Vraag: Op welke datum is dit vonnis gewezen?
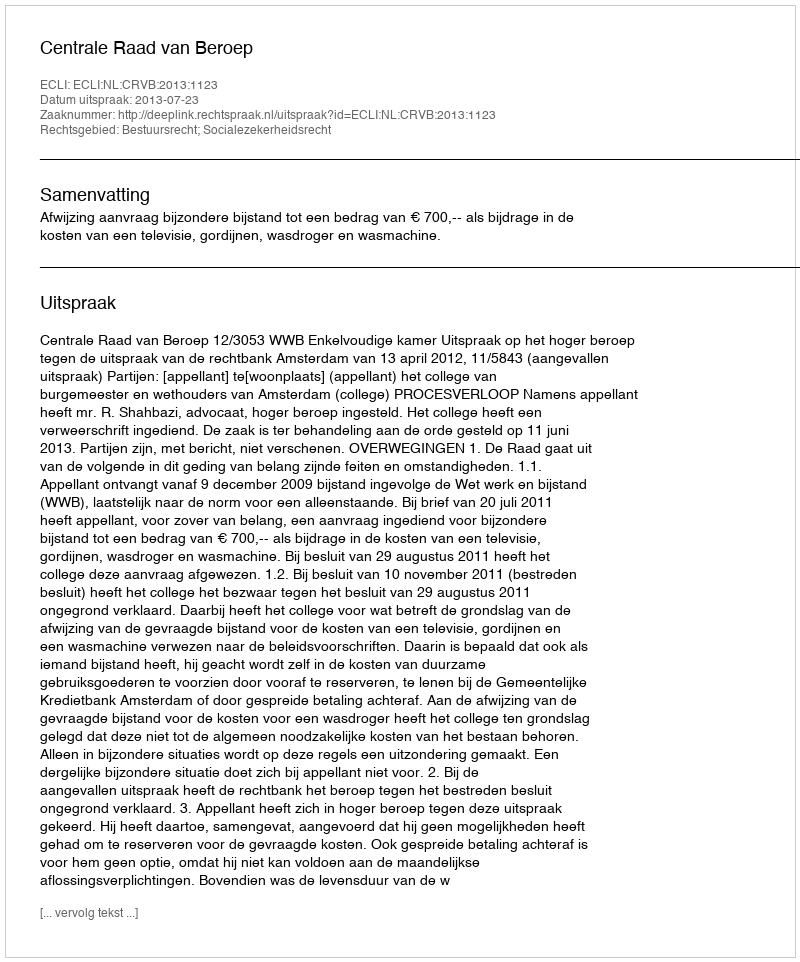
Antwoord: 2013-07-23